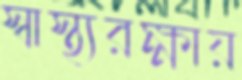
স্বাস্থ্যরক্ষায়